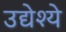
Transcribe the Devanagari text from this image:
उद्येश्ये